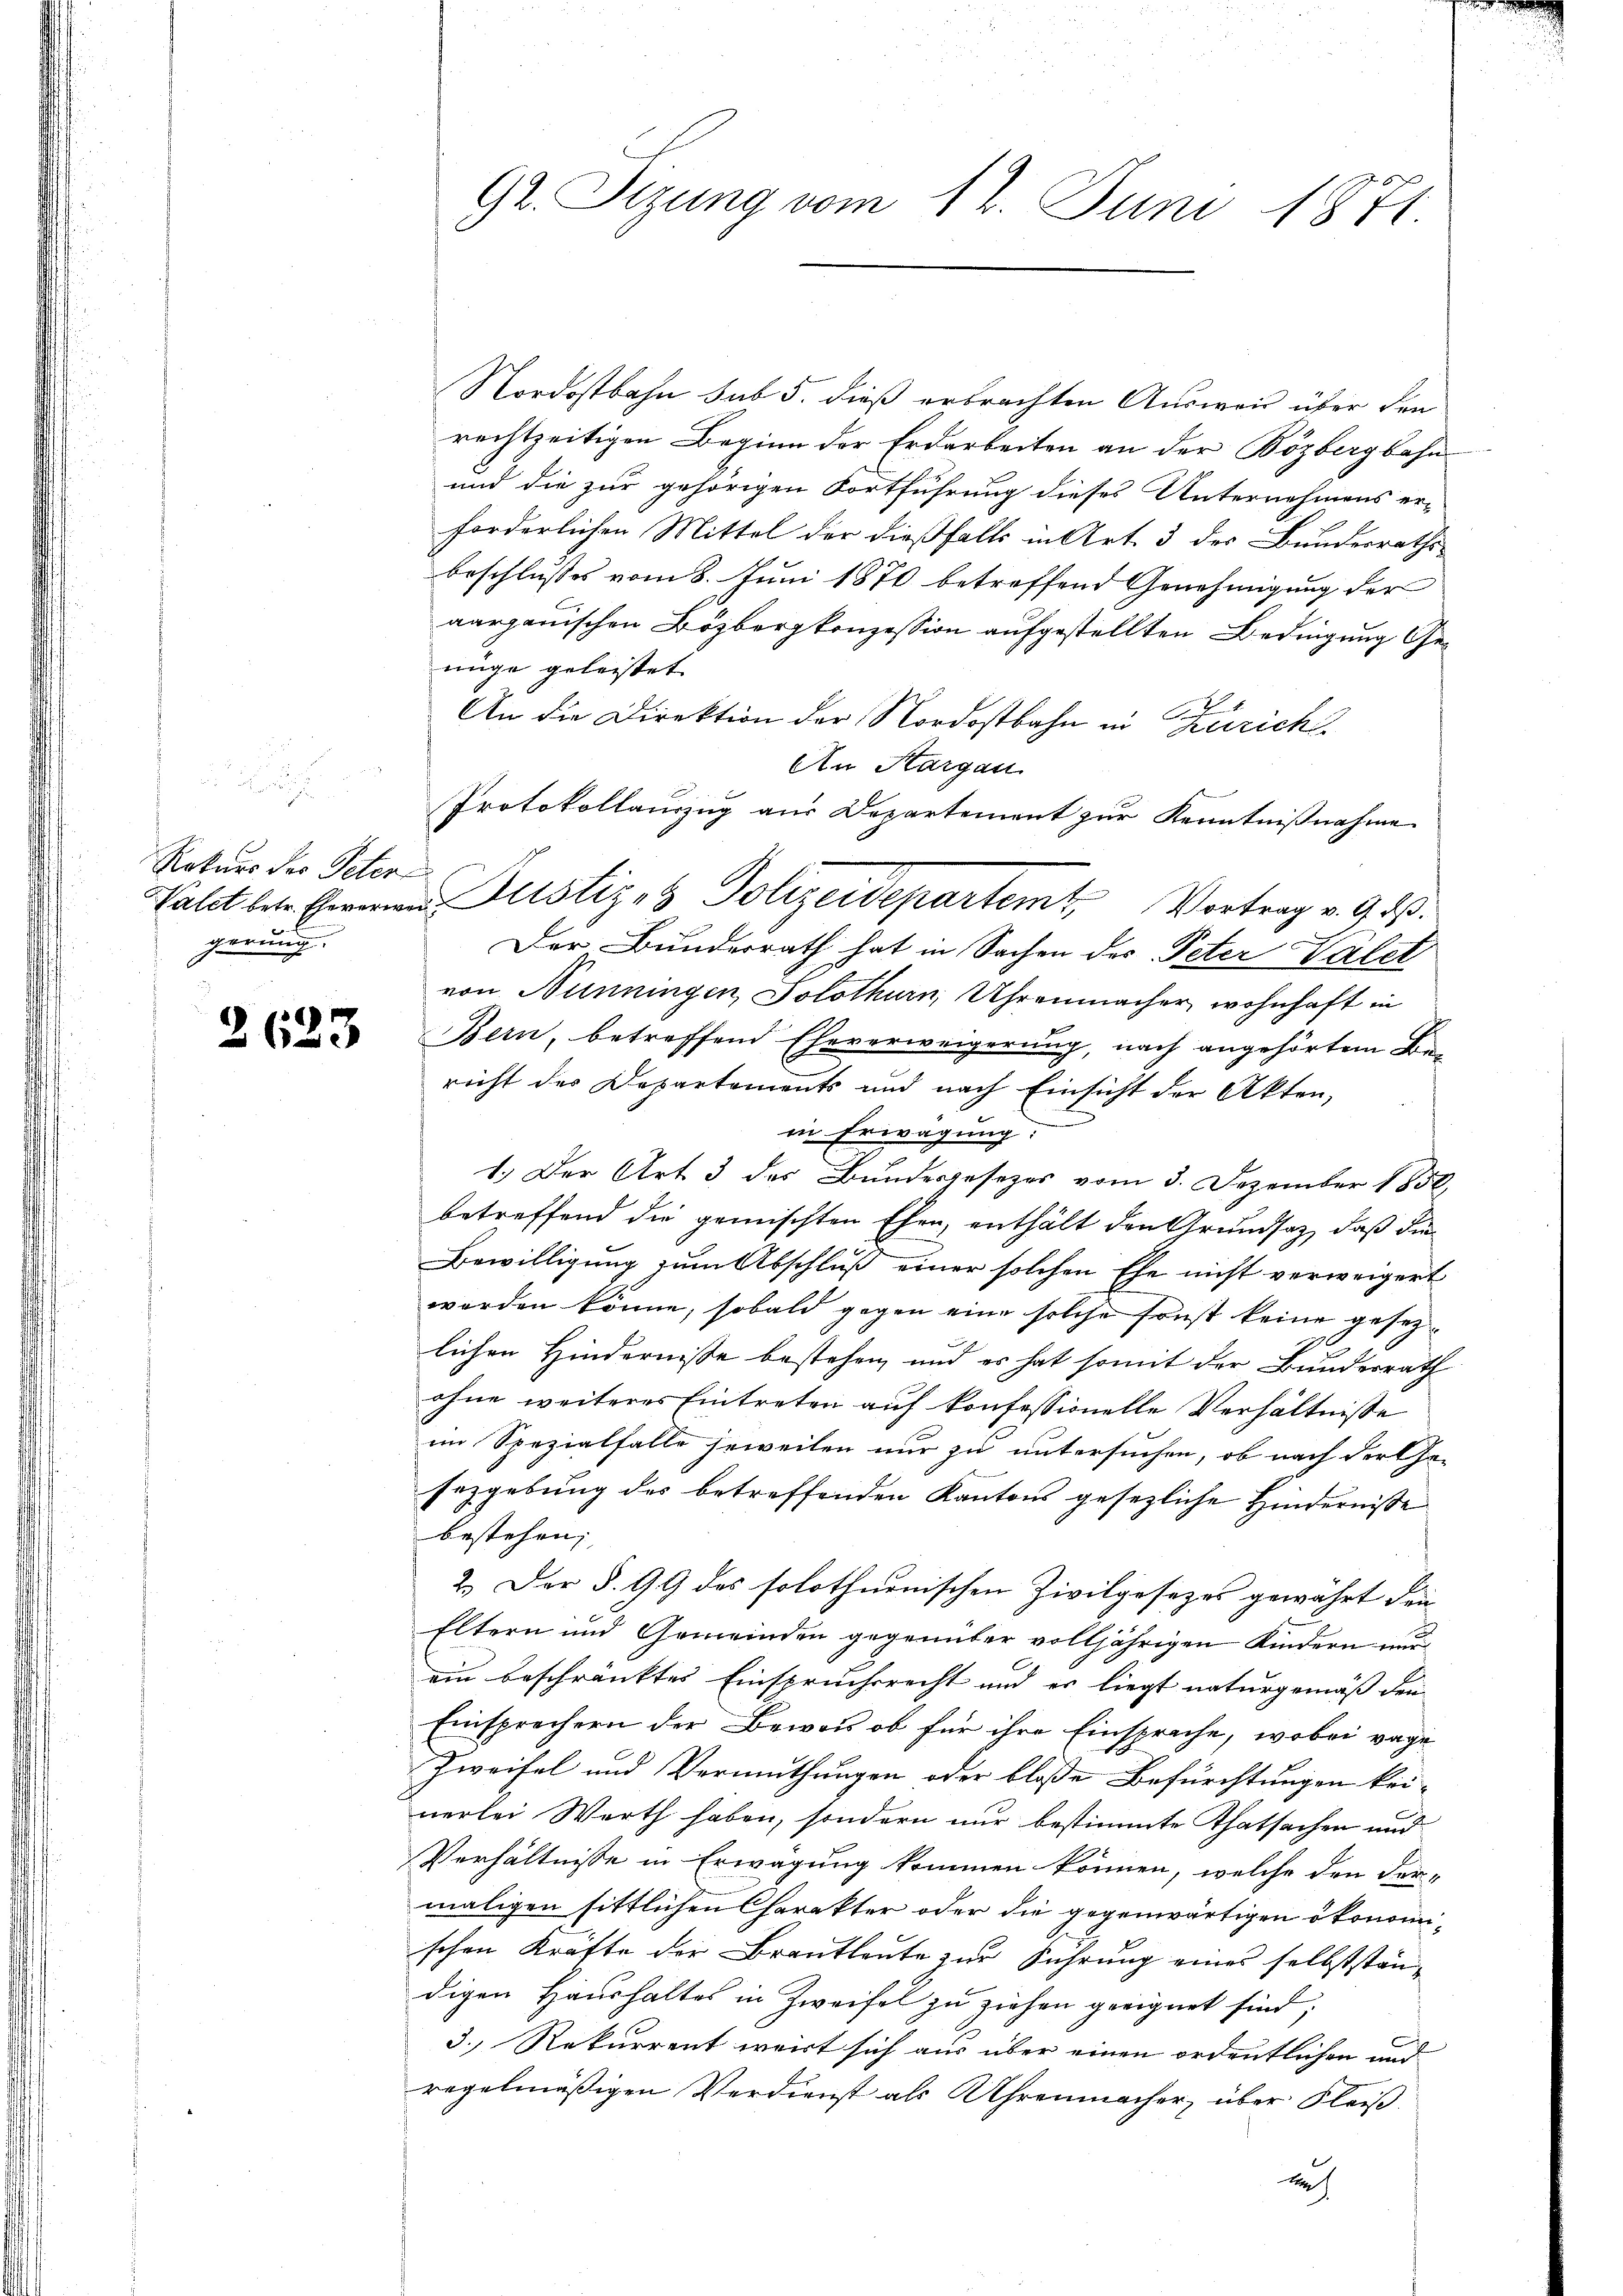
Rokurs der Peter
gerung.

¬
2650

Nordostbahn sub 5. dieß erbrachten Ausweis über den
rechtzeitigen Beginn der Erdarbeiten an der Bözbergbahn
und die zur gehörigen Fortführung dieses Unternehmens er-
forderlichen Mittel der dießfalls in Art. 3 des Bundesrathsbeschlusses vom 8. Juni 1870 betreffend Genehmigung der
aargauischen Bözbergkonzession aufgestellten Bedingung Genüge geleistet
An die Direktion der Nordostbahn in Zürich
An Aargau
Protokollauszug aus Departement zur Kenntnißnahme
Der Bundesrath hat in Sachen des Peter Halet
von Nünningen, Solothurn, Uhrenmacher, wohnhaft in
Bern, betreffend Eheverweigerung, nach angehörtem Bericht der Departements und nach Einsicht der Akten,
in Erwägung:
1.) Der Art. 3 des Bundesgesezes vom 3. Dezember 1850,
betreffend die gemischten Ehen, enthält den Grundsatz, daß die
Bewilligung zum Abschluß einer solchen Ehe nicht verweigert
worden könne, sobald gegen eine solche sonst keine gesez¬
1
lichen Hindernisse bestehen, und es hat somit der Bundesrath
ohne weiteres Eintreten auf konfessionelle Verhältnisse
im Spezialfalle jeweilen nur zu untersuchen, ob nach der Ge-
sezgebung des betreffenden Kantons gesezliche Hindernisse
bestehen;
2.) Der §. 99 des solothurnischen Zivilgesezes gewährt dein
Eltern und Gemeinden gegenüber volljährigen Kindern nur
ein beschränktes Einspruchsrecht und er liegt naturgemäß den
Einsprechern der Beweis ob für ihre Einsprache, wobei vage
Zweifel und Vermuthungen oder bloße Befürchtungen keinerlei Werth haben, sondern nur bestimmte Thatsachen und
Verhältnisse in Erwägung kommen können, welche den der-
maligen sittlichen Charakter oder die gegenwärtigen ökonomischen Kräfte der Brautleute zur Führung eines selbstständigen Haushaltes in Zweifel zu ziehen geeignet sind,
3. Rekurrent weirt sich aus über einen ordentlichen und
regelmäßigen Verdienst als Uhrenmacher, über Fleiß

Gr. Sizung vom 12. Juni 1871.

Balet betr. Ewenen Justiz- & Polizeidepartem Vortrag v. 9. ds.